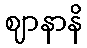
ဈာနာနိ